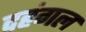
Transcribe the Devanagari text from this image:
दहंगल